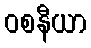
ဝစနီယာ